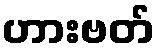
ဟားဗတ်